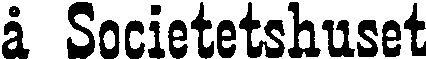
å Societetshuset